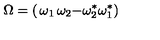
\Omega = \left( \begin{matrix} { \omega _ { 1 } } & { \omega _ { 2 } } \\ { - \omega _ { 2 } ^ { * } } & { \omega _ { 1 } ^ { * } } \\ \end{matrix} \right)